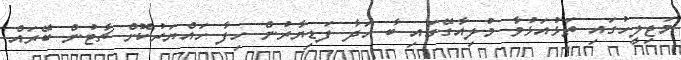
މަޖިލީހުގައި ތަޅުއަޅުވާ މުލިއާގޭގައި ބާ ހަދާ ފަޑިޔާރުން ހިފާ ހައްޔަރުކޮށް ޗާޓުން ބޭރައް